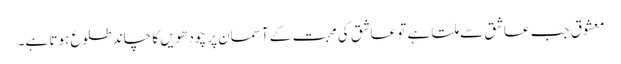
معشوق جب عاشق سے ملتا ہے تو عاشق کی محبت کے آسمان پر چودھویں کا چاند طلوع ہوتا ہے۔